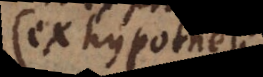
(ex hypothesi)